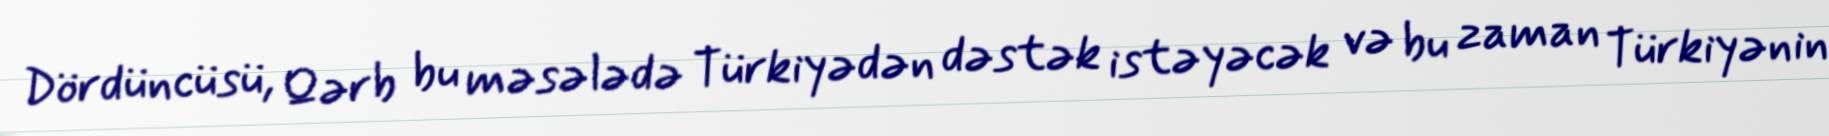
Dördüncüsü, Qərb bu məsələdə Türkiyədən dəstək istəyəcək və bu zaman Türkiyənin